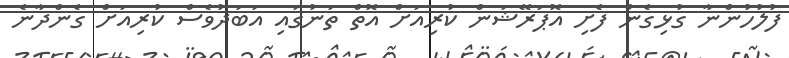
ފުލުހުންނާ ގުޅިގެން ފެށި އޮޕަރޭޝަން ކުރިއަށް އޮތް ތަނުގައި އަބަދުވެސް ކުރިއަށް ގެންދާނެ